Vaccination North-Western Provinces and Oudh 1896-1901 - 1896-1901
Year: 1896
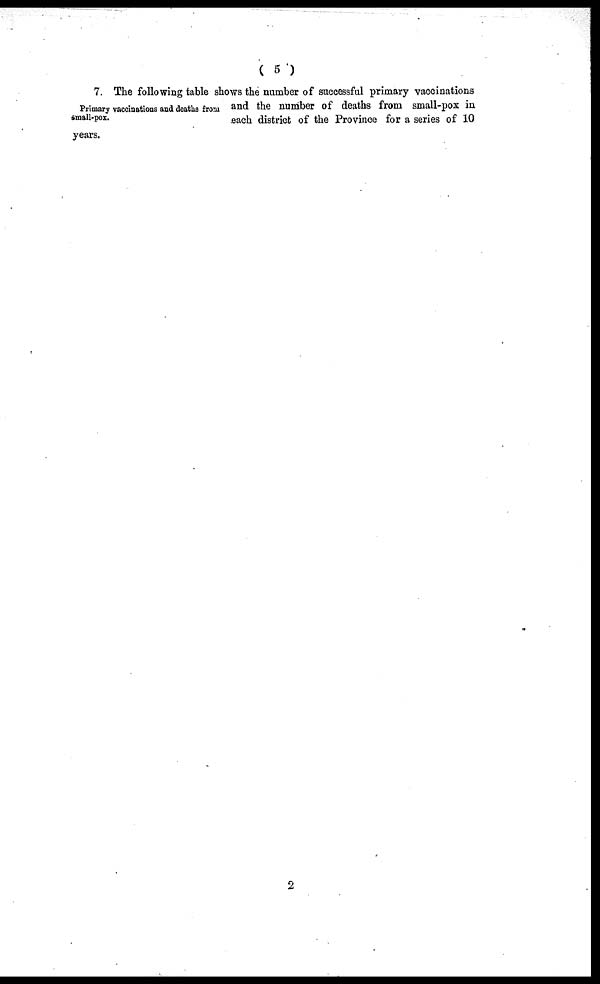
( 5 )
Primary vaccinations and deaths from
small-pox.
years.
7. The following table shows the number of successful primary vaccinations
and the number of deaths from small-pox in
each district of the Province for a series of 10